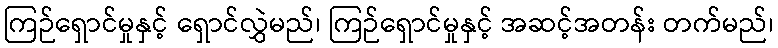
ကြဉ်ရှောင်မှုနှင့် ရှောင်လွှဲမည်၊ ကြဉ်ရှောင်မှုနှင့် အဆင့်အတန်း တက်မည်၊